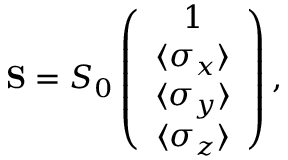
\begin{array} { r } { { \bf S } = S _ { 0 } \left( \begin{array} { c } { 1 } \\ { \langle \sigma _ { x } \rangle } \\ { \langle \sigma _ { y } \rangle } \\ { \langle \sigma _ { z } \rangle } \end{array} \right) , } \end{array}